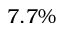
7 . 7 \%